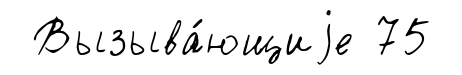
Вызыва́ющиjе 75